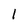
Character: 1